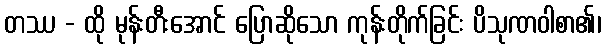
တဿ - ထို မုန်းတီးအောင် ပြောဆိုသော ကုန်းတိုက်ခြင်း ပိသုဏဝါစာ၏၊